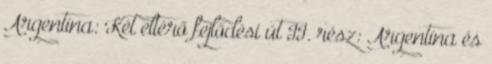
Argentína: Két eltérő fejlődési út II. rész: Argentína és